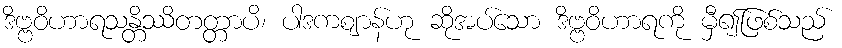
ဒိဗ္ဗဝိဟာရသန္တိဿိတတ္တာပိ၊ ပါဒကဈာန်ဟု ဆိုအပ်သော ဒိဗ္ဗဝိဟာရကို မှီ၍ဖြစ်သည်